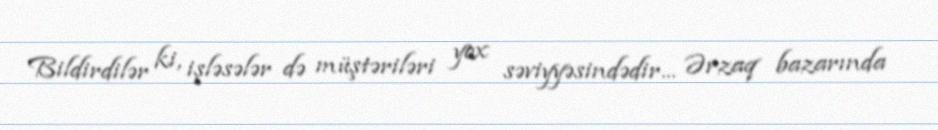
Bildirdilər ki, işləsələr də müştəriləri yox səviyyəsindədir... Ərzaq bazarında